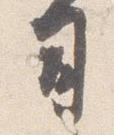
司